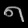
Digit: ၈